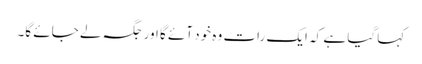
کہا گیا ہے کہ ایک رات وہ خود آئے گا اور جگہ لے جائے گا۔